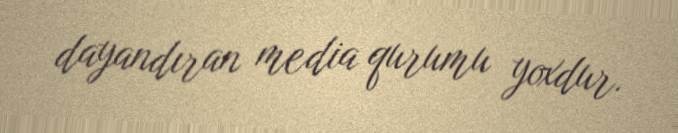
dayandıran media qurumu yoxdur.